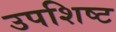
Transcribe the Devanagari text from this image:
उपशिष्ट